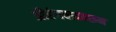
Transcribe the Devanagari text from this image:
औरंगबादवरून